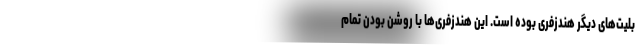
بلیت‌های دیگر هندزفری بوده است. این هندزفری‌ها با روشن بودن تمام